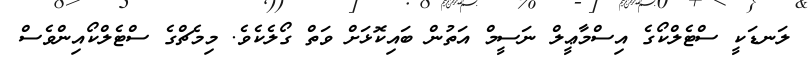
ލަނޑަކީ ސްޓެލްކޯގެ އިސްމާޢީލް ނަސީމް އަތުން ބައިކޮޅަށް ވަތް ގޯލެކެވެ. މިމެޗްގެ ސްޓެލްކޯއިންވެސް